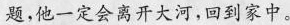
题,他一定会离开大河,回到家中。